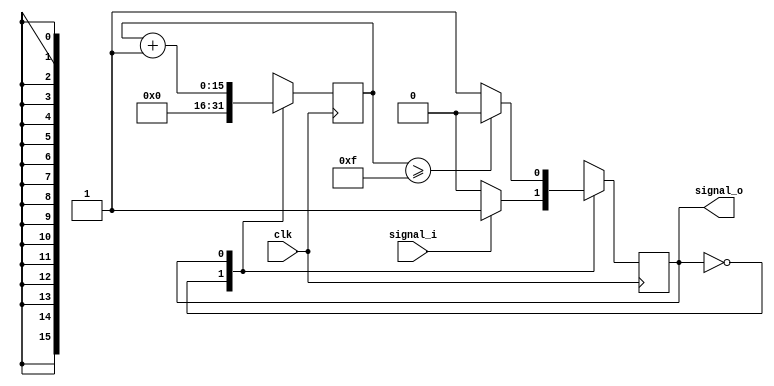
// Copyright 2012 Sriram Radhakrishnan, Varun Sampath, Shilpa Sarode
// 
// This file is part of PVS.
// 
// PVS is free software: you can redistribute it and/or modify it under the
// terms of the GNU General Public License as published by the Free Software
// Foundation, either version 3 of the License, or (at your option) any later
// version.
// 
// PVS is distributed in the hope that it will be useful, but WITHOUT ANY
// WARRANTY; without even the implied warranty of MERCHANTABILITY or FITNESS FOR
// A PARTICULAR PURPOSE.  See the GNU General Public License for more details.
// 
// You should have received a copy of the GNU General Public License along with
// PVS.  If not, see <http://www.gnu.org/licenses/>.

`timescale 1 ns / 1 ns

// Widens the output signal using COUNT

// inputs: 	
// CLK
//	signal_i - input signal

// output:	
//	signal_o - output signal

// parameter: 
// COUNT - counter val for width, default 15

module output_pulse
          (
           clk,
			  signal_i,
			  signal_o
          );
			 
//////////// INPUTS & OUTPUTS ////////////	 
input clk;
input signal_i;
output signal_o;
			 
//////////// PARAMETERS ////////////
parameter COUNT = 15; // with clk of 1.5kHz corresponds to 10ms width

parameter s_idle = 1'b0;
parameter s_out = 1'b1;


//////////// SIGNALS & REGS ////////////
reg[15:0] cnt = 0;
reg state = 0;

//////////// LOGIC ////////////
always @(posedge clk) begin
		case(state)
			s_idle:
			begin
				state <= (signal_i) ? s_out : s_idle;
				cnt  <= 8'b0;
			end
			s_out:
			begin
				state <= (cnt >= COUNT) ? s_idle : s_out;
				cnt <= cnt + 8'b1;
			end
		endcase
end

//////////// OUTPUT ASSIGNS ////////////
assign signal_o = (state == s_out);

endmodule